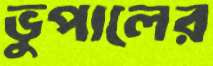
ভুপালের